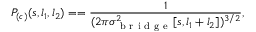
P _ { ( c ) } ( s , l _ { 1 } , l _ { 2 } ) = = \frac { 1 } { ( 2 \pi \sigma _ { \mathrm { ~ b ~ r ~ i ~ d ~ g ~ e ~ } } ^ { 2 } [ s , l _ { 1 } + l _ { 2 } ] ) ^ { 3 / 2 } } ,